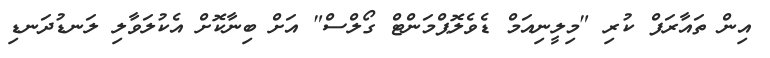
އިން ތައާރަފް ކުރި "މިލީނިއަމް ޑެވެލޮޕްމަންޓް ގޯލްސް" އަށް ބިނާކޮށް އެކުލަވާލި ލަނޑުދަނޑި